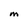
Character: M